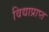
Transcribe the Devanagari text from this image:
विद्याप्राप्त